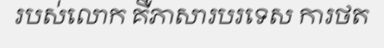
របស់លោក គឺភាសារបរទេស ការថត